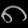
Digit: ၈